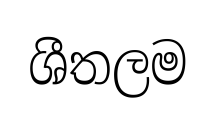
ශීතලම